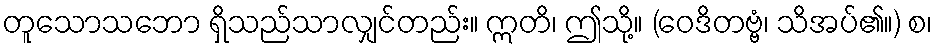
တူသောသဘော ရှိသည်သာလျှင်တည်း။ ဣတိ၊ ဤသို့။ (ဝေဒိတဗ္ဗံ၊ သိအပ်၏။) စ၊